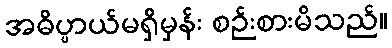
အဓိပ္ပာယ်မရှိမှန်း စဉ်းစားမိသည်။